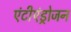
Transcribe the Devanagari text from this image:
एंटीएंड्रोजन